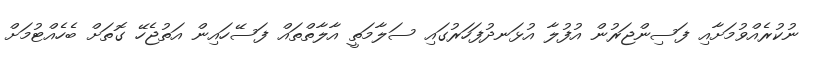
ނުކުރެއްވުމަށާއި ފަސިންޖަރުން އުފުލާ އުޅަނދުފަހަރުގައި ސަލާމަތީ އާލާތްތައް ފަސޭހައިން އަތުޖެހޭ ގޮތަށް ބެހެއްޓުމަށް